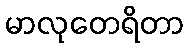
မာလုတေရိတာ